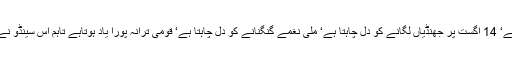
چھوٹی عمر میں وطن سے محبت بڑی مختلف ہوتی ہے‘ 14 اگست پر جھنڈیاں لگانے کو دل چاہتا ہے‘ ملی نغمے گنگنانے کو دل چاہتا ہے‘ قومی ترانہ پورا یاد ہوتاہے تاہم اِس سینڈو نے مجھ سے میری محبت چھیننے کی کوشش کی تھی ۔